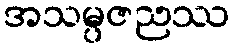
အသမ္ပဇညဿ